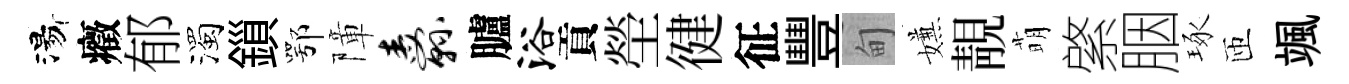
湯癥郁濁鎻鄂障纛臚浴貢塋徤征豐甸嫌靚萌綮胭琢匝颯